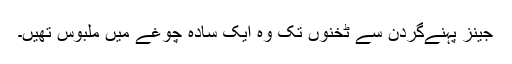
جینز پہنےگردن سے ٹخنوں تک وہ ایک سادہ چوغے میں ملبوس تھیں۔